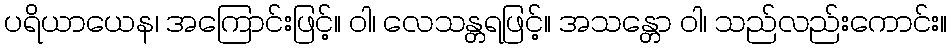
ပရိယာယေန၊ အကြောင်းဖြင့်။ ဝါ၊ လေသန္တရဖြင့်။ အသန္တော ဝါ၊ သည်လည်းကောင်း။